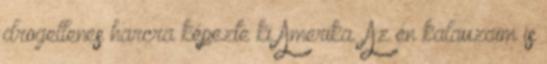
drogellenes harcra képezte ki Amerika. Az én kalauzaim is